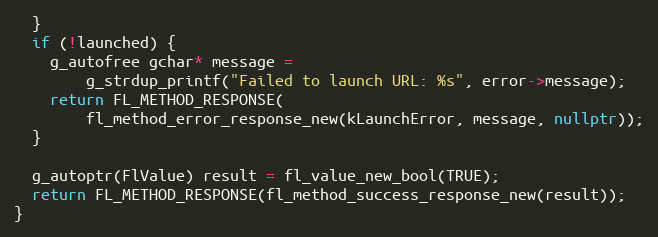
Language: C++
  }
  if (!launched) {
    g_autofree gchar* message =
        g_strdup_printf("Failed to launch URL: %s", error->message);
    return FL_METHOD_RESPONSE(
        fl_method_error_response_new(kLaunchError, message, nullptr));
  }

  g_autoptr(FlValue) result = fl_value_new_bool(TRUE);
  return FL_METHOD_RESPONSE(fl_method_success_response_new(result));
}